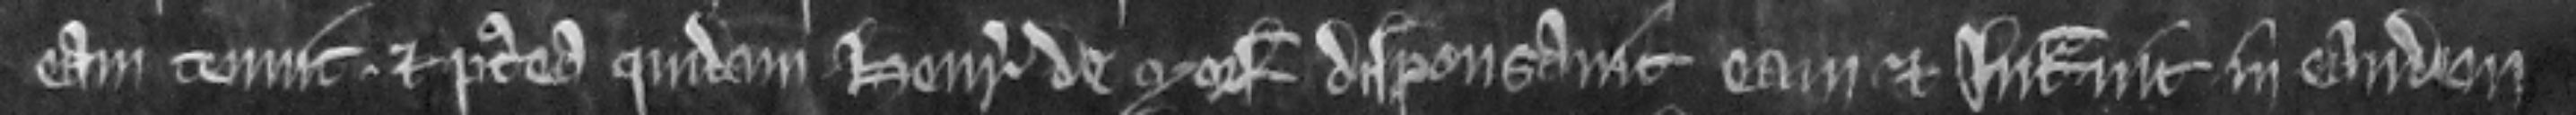
eam tenuit. Et postea quidam Henricus de Morf disponsavit eam et intravit in eandem